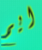
ايم